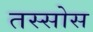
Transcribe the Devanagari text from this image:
तस्सोस